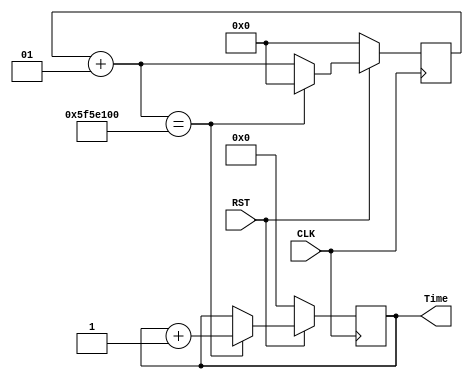
// This program was cloned from: https://github.com/DinoMax00/TJ-FPGA_MP3
// License: MIT License

//----------- generate a second clock -------------------
//---------------- author : Dino ------------------------
module timeCounter(
	input CLK,
	input RST, 
	output reg [15: 0] Time
);
    integer counter=0;
    always @ (posedge CLK)
    begin
		if(!RST) begin 
			Time <= 0;
			counter <= 0;
		end
        else if((counter+1)==100000000)
        begin
            counter <= 0;
            Time <= Time+1;
        end
        else
            counter <= counter+1;
    end
endmodule